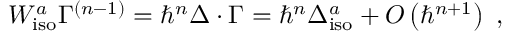
W _ { \mathrm { i s o } } ^ { a } \Gamma ^ { \left( n - 1 \right) } = \hbar ^ { n } \Delta \cdot \Gamma = \hbar ^ { n } \Delta _ { \mathrm { i s o } } ^ { a } + O \left( \hbar ^ { n + 1 } \right) \, \, ,